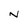
Character: N